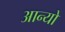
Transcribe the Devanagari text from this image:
आन्‍यो